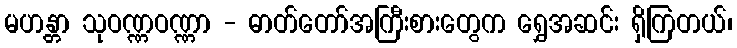
မဟန္တာ သုဝဏ္ဏဝဏ္ဏာ - ဓာတ်တော်အကြီးစားတွေက ရွှေအဆင်း ရှိကြတယ်၊